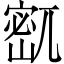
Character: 𫳹